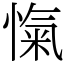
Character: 愾